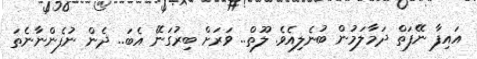
އައިފާ ނޭފަތް ދަމާލަމުން ބުނެލިއެވެ. ލޫތް.. ވަރަށް ބިރުގަނޭ އެބަ.. ދެން ނުފެންނާނެތަ